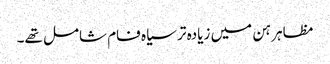
مظاہرہن میں زیادہ تر سیاہ فام شامل تھے۔